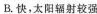
B.快，太阳辐射较强